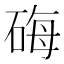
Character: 𬒐